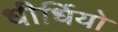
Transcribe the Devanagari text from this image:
धीर्धियो